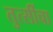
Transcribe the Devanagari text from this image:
तुत्‍सींचा